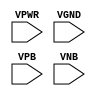
module sky130_fd_sc_hd__tap (
    VPWR,
    VGND,
    VPB ,
    VNB
);

    // Module ports
    input VPWR;
    input VGND;
    input VPB ;
    input VNB ;
     // No contents.
endmodule